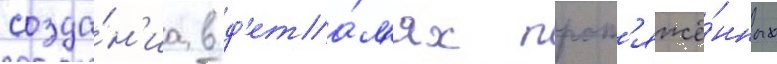
созда́н'иа в д'ета́л'ях прот'яжё́нных